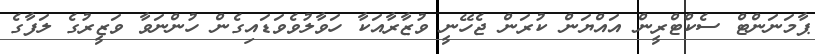
ޕާމަނަންޓް ސެކްޓްރީން އައްޔަން ކުރަން ޖެހޭނީ ވުޒާރާއަކާ ހަވާލުވެވަޑައިގެން ހުންނަވާ ވަޒީރުގެ ލަފާގެ